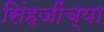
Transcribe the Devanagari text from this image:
सिंहजींच्या